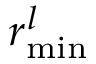
r _ { \mathrm { m i n } } ^ { l }